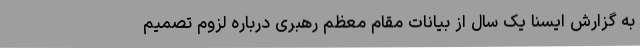
به گزارش ایسنا یک سال از بیانات مقام معظم رهبری درباره لزوم تصمیم